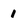
Character: I